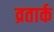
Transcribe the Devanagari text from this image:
व्रतार्क